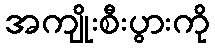
အကျိုးစီးပွားကို